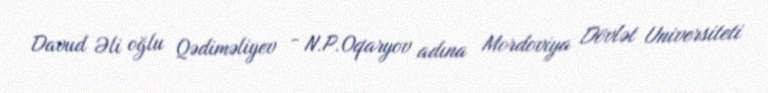
Davud Əli oğlu Qədiməliyev - N.P.Oqaryov adına Mordoviya Dövlət Universiteti